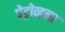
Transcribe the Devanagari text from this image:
पेट्रोव्हना